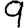
Digit: 9